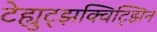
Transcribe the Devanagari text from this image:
टेह्युट्झक्विट्झिन